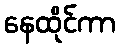
နေထိုင်ကာ